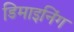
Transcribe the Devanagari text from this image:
डिमाइनिंग